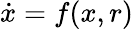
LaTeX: {\dot{x}}=f(x,r)